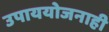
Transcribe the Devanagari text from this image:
उपाययोजनाही